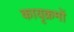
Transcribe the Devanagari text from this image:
कायृक्रमों